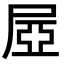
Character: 𡱻